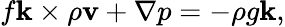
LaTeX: f{\mathbf k}\times\rho{\mathbf v}+\nabla p=-\rho g{\mathbf k},